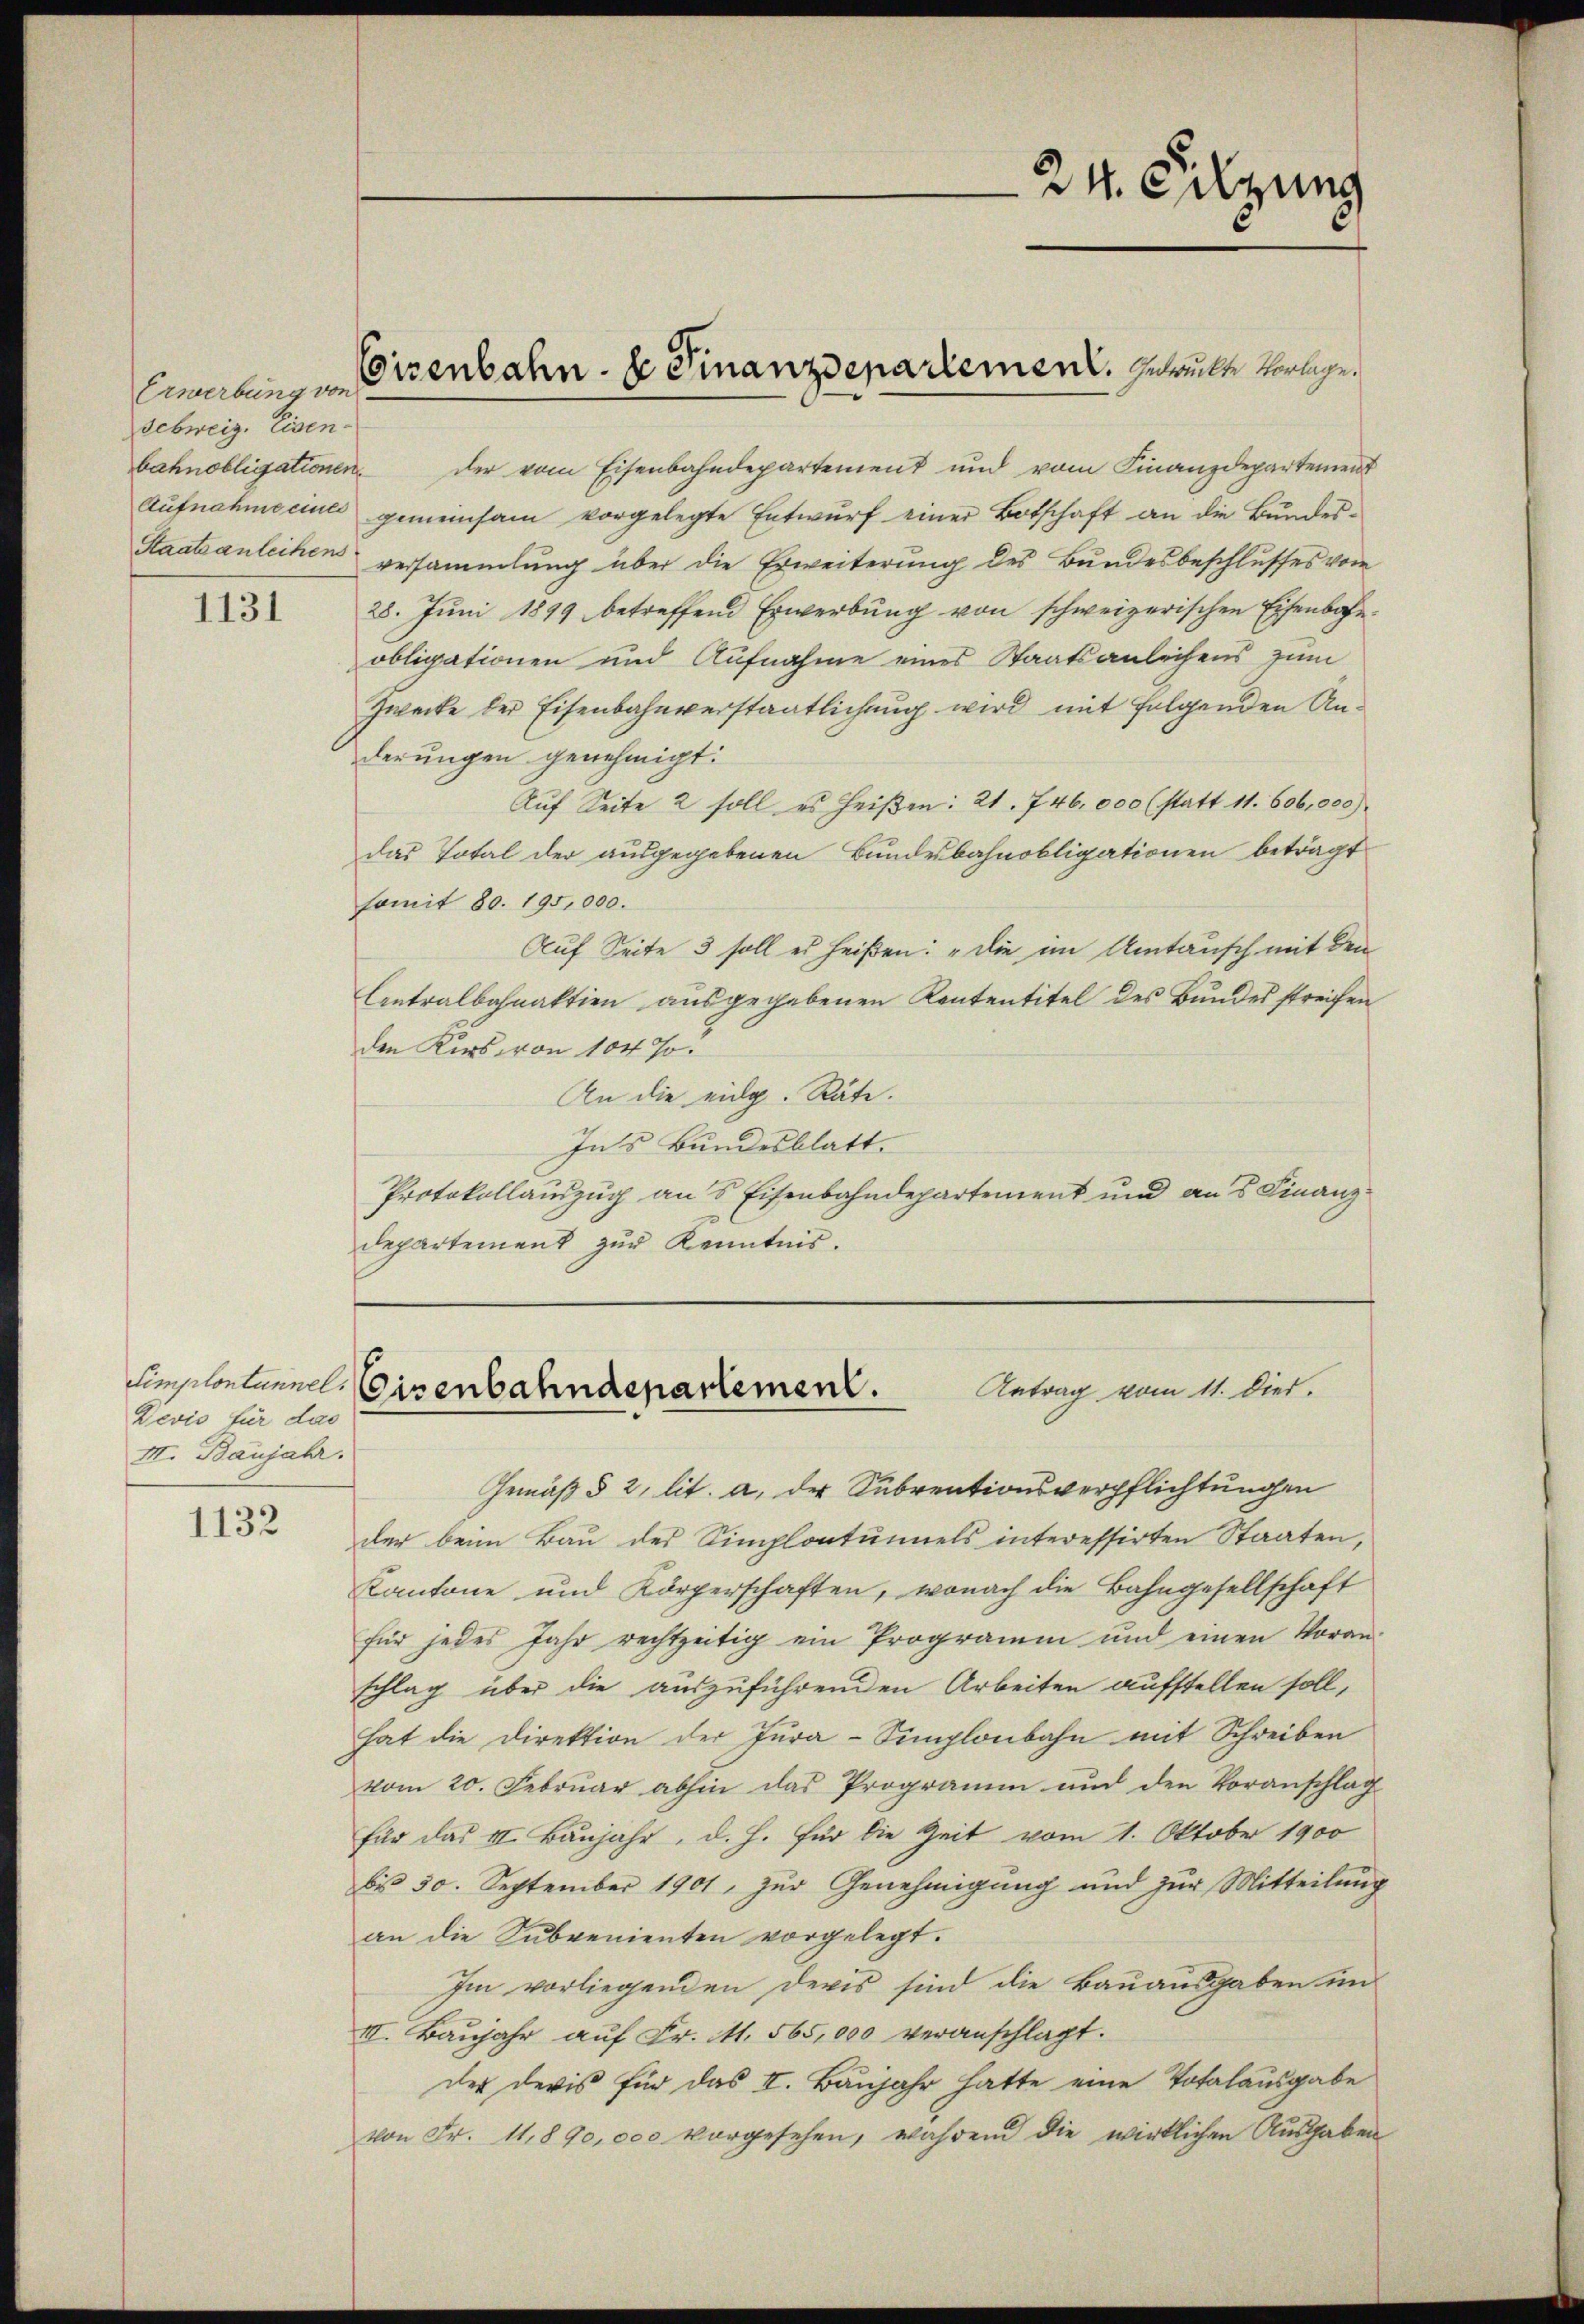
1131

Devis für das
III. Banjahr.

1132

der vom Eisenbahndepartement und vom Finanzdepartement
Aŭfnahmeciuls gemeinsam vorgelegte Entwŭrf einer Botschaft an die Bŭndes-
versammlung über die Erweiterung des Bundesbeschlusses vom
28. Jŭni 1899 betreffend Erwerbŭng von schweizerischen Eisenbahnobligationen und Aufnahme eines Staatsanleihens zum
Zwecke der Eisenbahnverstaatlichung wird mit folgenden Anderungen genehmigt.
Auf Seite 2 soll es heißen: 21. 746. 000 (statt 11. 606,000)
das Total der ausgegebenen Bundesbahnobligationen beträgt
somit 80. 195,000.
Auf Seite 3 soll es heißen: „Die im Umtausch mit den
Centralbahnaktion ausgegebenen Kontentitel des Bundes streifen
den Kirs von 104 %
An die eidg. Räte.
Ins Bundesblatt.
Protokollauszug aus Eisenbahndepartement und ans Finanz¬
Departement zur Kenntnis.

Erwerbung von
sebweiz. Eisenbahnobligationen
Staatsanleihens

Eisenbahn- & Finanzdepartement. Geheilte verlege.

24. Filzung

Cimplonlanne eisenbahndepartement.
Antrag vom 11. Died.

Gemäß § 2, lit. a, der Subventionsverpflichtungen
der beim Bau des Simplontumels interessirten Staaten,
Kantone und Körperschaften, wonach die Bahngesellschaft
für jedes Jahr rechtzeitig ein Programm und einen Voran-
schlag über die auszuführenden Arbeiten aufstellen soll,
hat die Direktion der Jura-Simplonbahn mit Schreiben
vom 20. Februar abhin das Programm und den Voranschlag
für das II. Baujahr, d. h. für die Zeit vom 1. Oktober 1900
bis 30. September 1901, zur Genehmigung und zur Mitteilung
an die Subvenienten vorgelegt.
Im vorliegenden Devis sind die Bauausgaben un
III. Baŭjahr auf Fr. M. 565,000 veranschlagt.
der devis für das II. Baujahr hatte eine Totalausgabe
von Fr. 11,890,000 vorgesehen, während die wirklichen Ausgaben